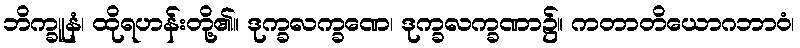
ဘိက္ခူနံ၊ ထိုရဟန်းတို့၏။ ဒုက္ခလက္ခဏေ၊ ဒုက္ခလက္ခဏာ၌။ ကတာတိယောဂဘာဝံ၊